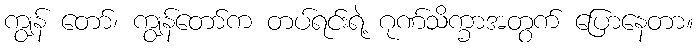
ကျွန် တော်၊ ကျွန်တော်က တပ်ရင်းရဲ့ ဂုဏ်သိက္ခာအတွက် ပြောနေတာ။